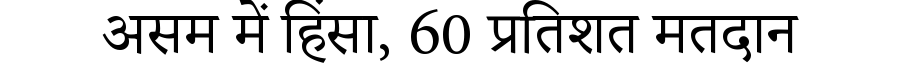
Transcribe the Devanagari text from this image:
असम में हिंसा, 60 प्रतिशत मतदान